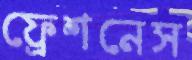
ফ্রেশনেস